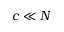
c \ll N